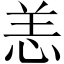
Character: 恙